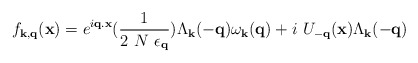
\begin{align*}f_{ {\bf{k}}, {\bf{q}} }({\bf{x}})= e^{i {\bf{q.x}} }(\frac{1}{2 \mbox{ }N\mbox{ }\epsilon_{ {\bf{q}} } })\Lambda_{ {\bf{k}} }(-{\bf{q}})\omega_{ {\bf{k}} }({\bf{q}}) + i\mbox{ }U_{ -{\bf{q}} }({\bf{x}})\Lambda_{ {\bf{k}} }(-{\bf{q}})\end{align*}